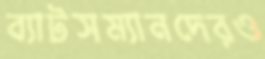
ব্যাটসম্যানদেরও